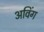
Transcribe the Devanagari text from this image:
अविंग